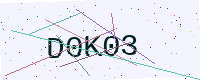
Text: D0K03